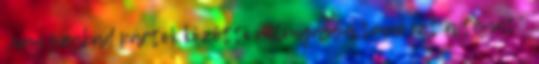
„nem szabad pártok közötti villongássá tenni ezt a témát”.